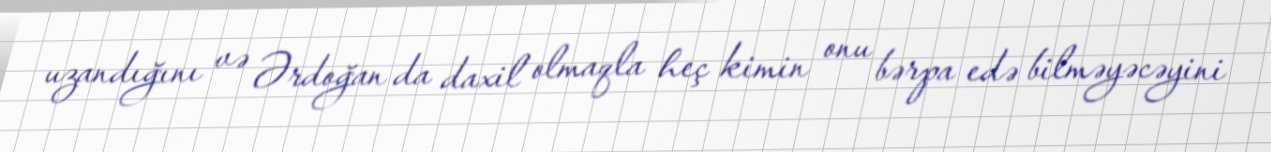
uzandığını və Ərdoğan da daxil olmaqla heç kimin onu bərpa edə bilməyəcəyini